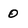
Character: 0